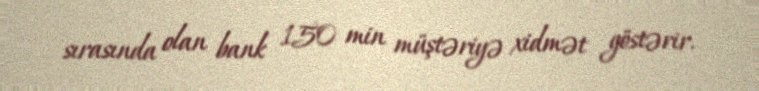
sırasında olan bank 150 min müştəriyə xidmət göstərir.